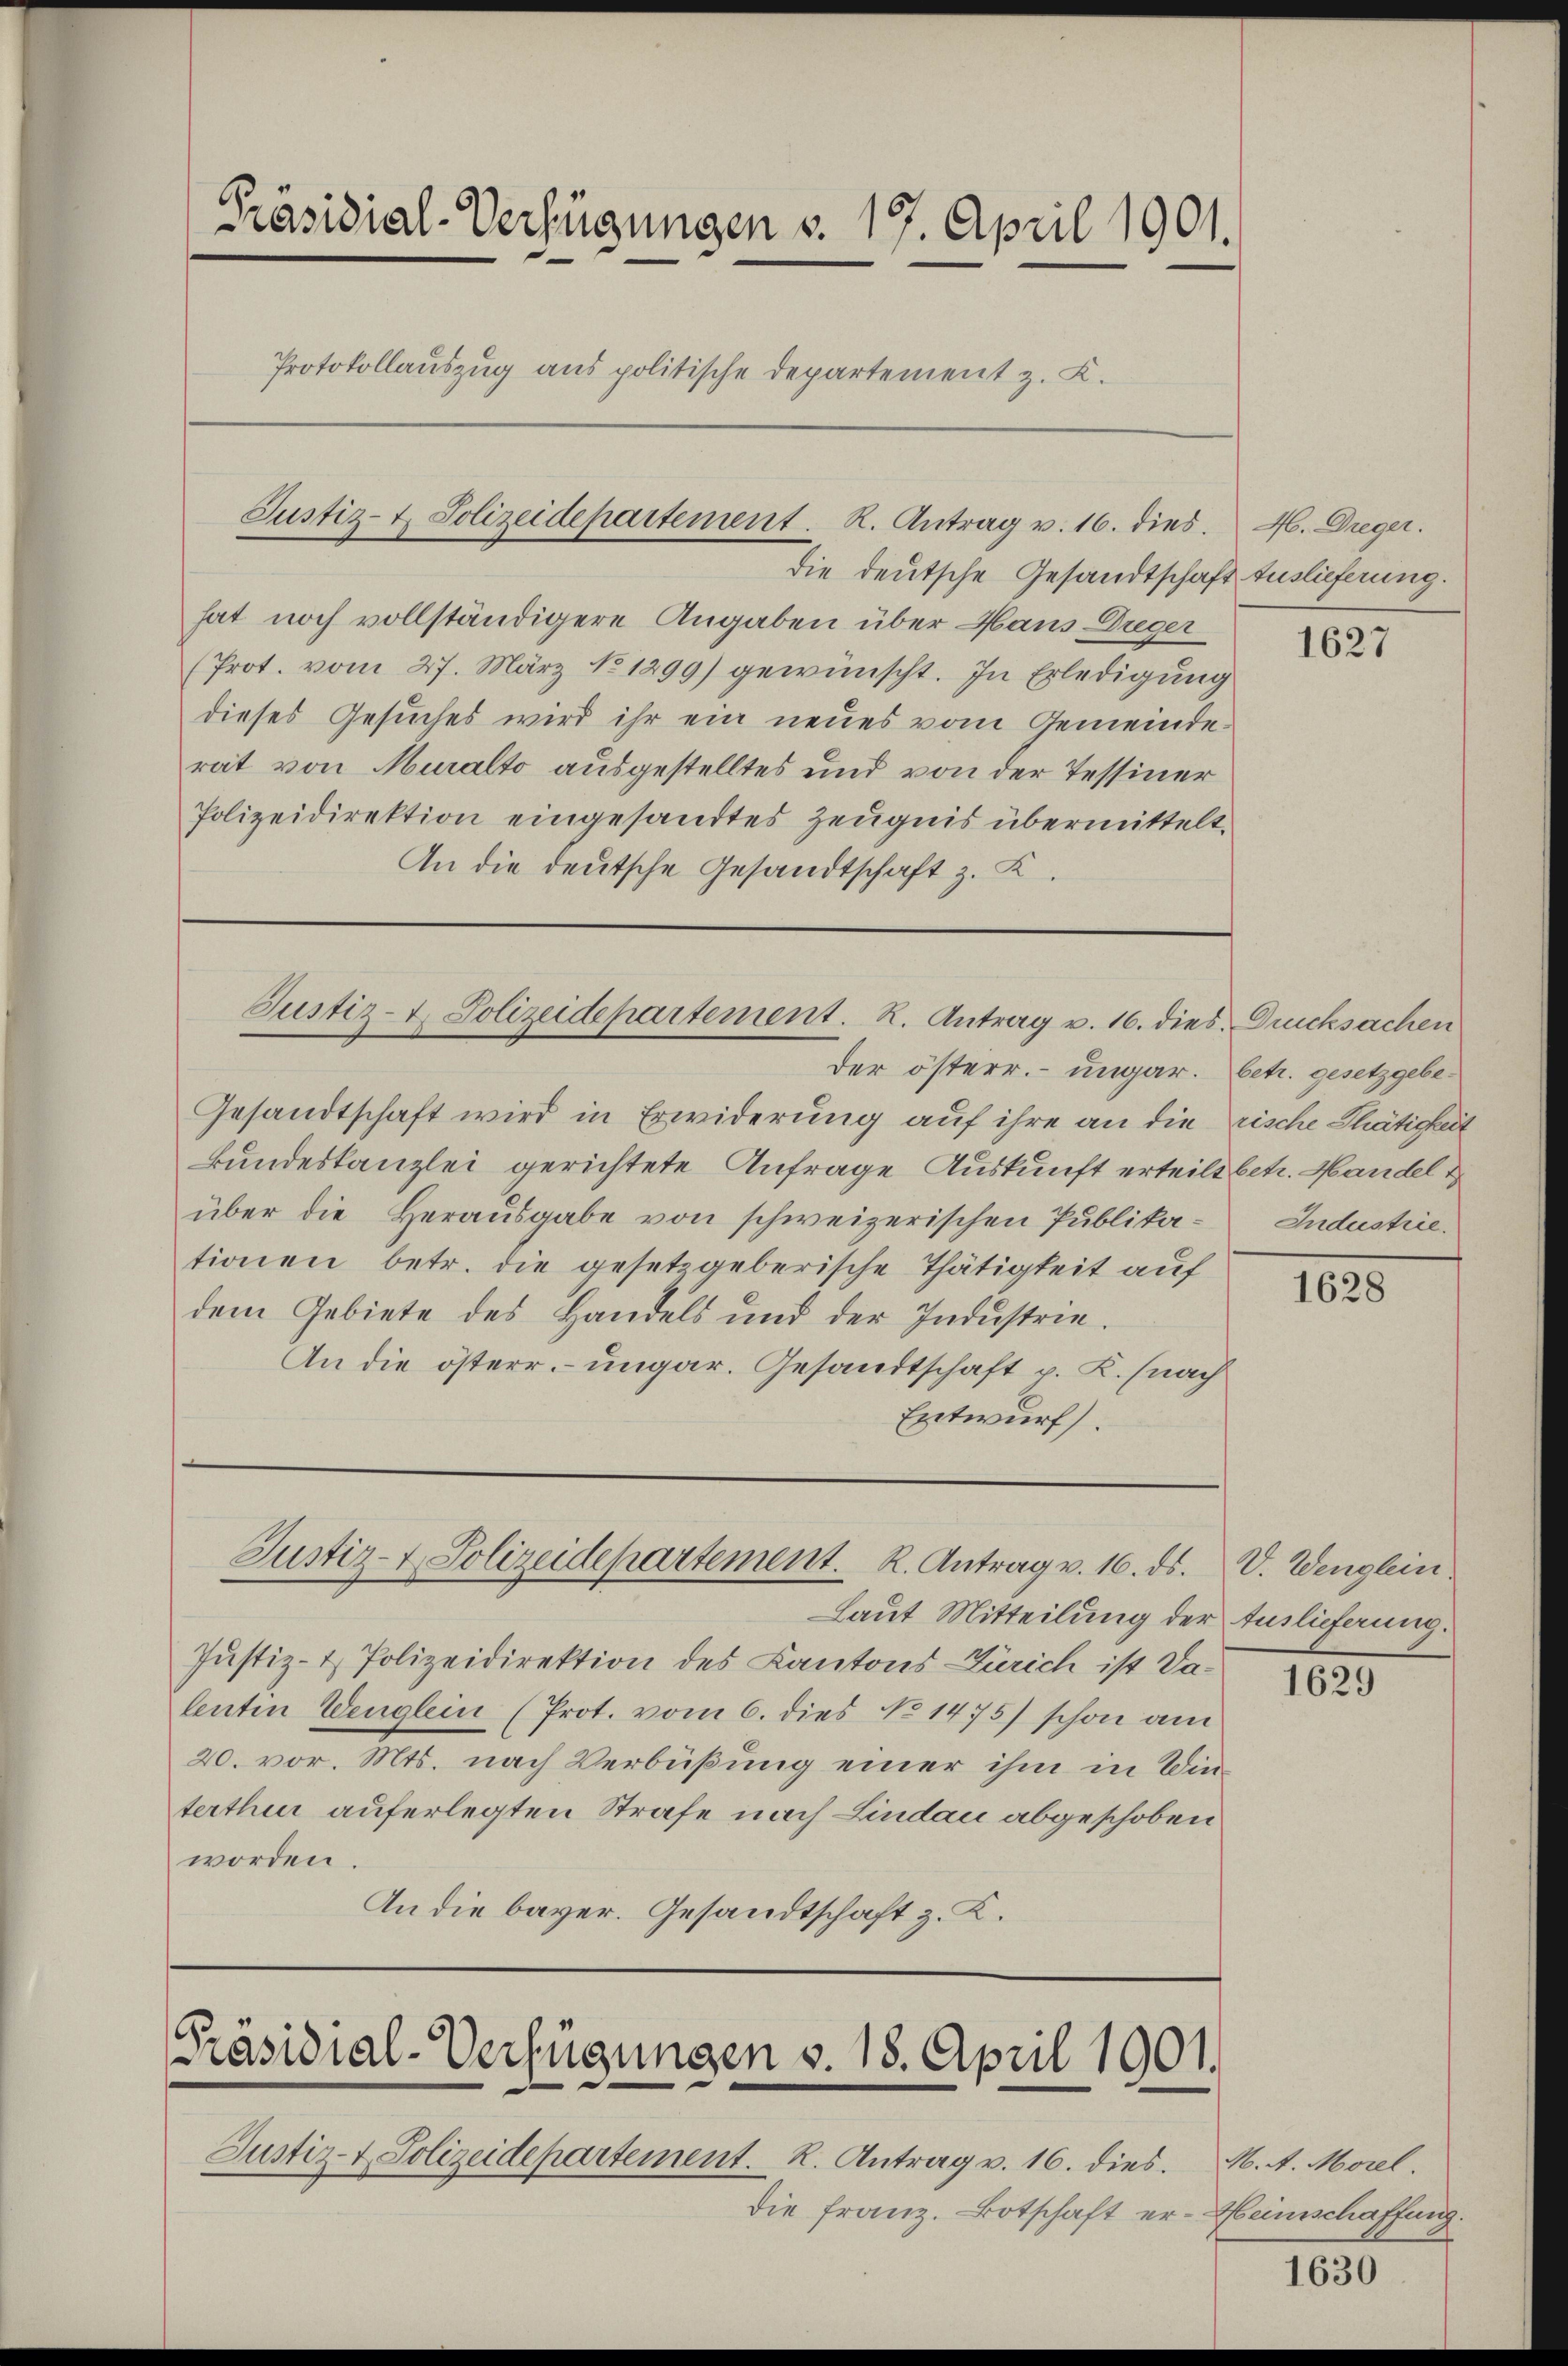
Präsidial-Verfügungen v. 19. April 1901.
Protokollauszug aus politische Departement z. K.

die deutsche Gesandtschaft Auslieferung.
hat noch vollständigere Angaben über Haus Dreger
(Prot. vom 27. März No 1299) gewünscht. In Erledigung
dieses Gesuches wird ihr ein neues vom Gemeinde-
rat von Muralto ausgestelltes und von der Tessiner
Polizeidirektion eingesandtes Zeugnis übermittelt.
An die deutsche Gesandtschaft z. K.

Justiz- & Polizeidepartement. R. Antrag v. 16. dies.

Justiz- & Polizeidepartement. R. Antrag v. 16. dies. Ducksachen
der österr. ungar. betr. gesetzgebe¬

Gesandtschaft wird in Erwiderung auf ihre an die rische Thätigkeit
Bundestanzlei gerichtete Anfrage Auskunft erteilt betr. Handel
über die Herausgabe von schweizerischen Publikationen betr. die gesetzgeberische Thätigkeit auf
dem Gebiete des Handels und der Industrie¬
An die österr. ungar. Gesandtschaft p. K. (nach
Entwurf.

Justiz- & Polizeidepartement. K. Antrag v. 16. ds. V. Wenglein

Präsidial-Verfügungen v. 18. April 1901.

Justiz- & Polizeidepartement. K. Antrag v. 16. dies. M. A. Morel.
die Franz. Botschaft er-Weinschaffung.

M. Dreger.

Laut Mitteilung der Auslieferung.
Justiz- & Polizeidirektion des Kantons Zürich ist dalentin Wenglein (Prot. vom 6. dies No 1475) schon am
20. vor. Mts. nach Verbüßung einer ihm in Winterthur auferlegten Strafe nach Lindau abgeschoben
worden.
An die bayer. Gesandtschaft z. Z.

1627

Industrie.

1628

1629

1630